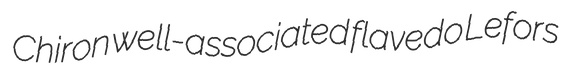
Chiron well-associated flavedo Lefors